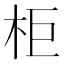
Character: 柜